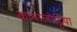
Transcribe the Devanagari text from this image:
कप्पालोट्टिया